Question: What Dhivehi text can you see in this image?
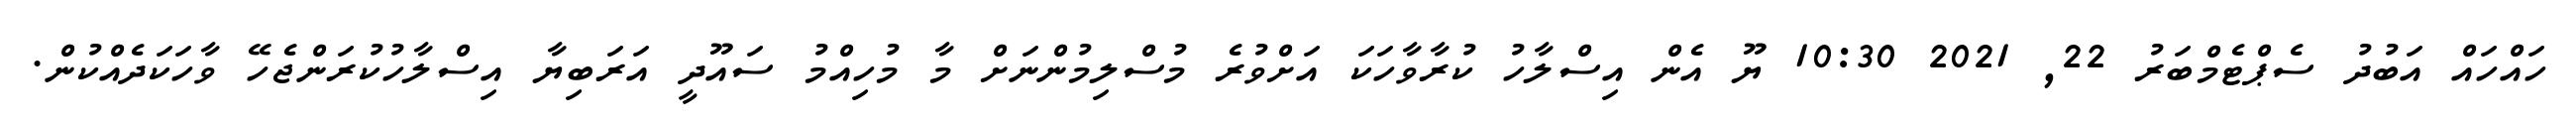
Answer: ހައްހައް އަބުދު ސެޕްޓެމްބަރު 22, 2021 10:30 ޔޫ އެން އިސްލާހު ކުރާވާހަކަ އަށްވުރެ މުސްލިމުންނަށް މާ މުހިއްމު ސައޫދީ އަރަބިޔާ އިސްލާހުކުރަންޖެހޭ ވާހަކަދެއްކުން.